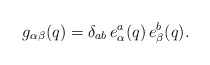
\begin{align*}g_{\alpha \beta }(q)=\delta_{ab} \, e_\alpha ^a(q) \,e^b_\beta (q).\end{align*}